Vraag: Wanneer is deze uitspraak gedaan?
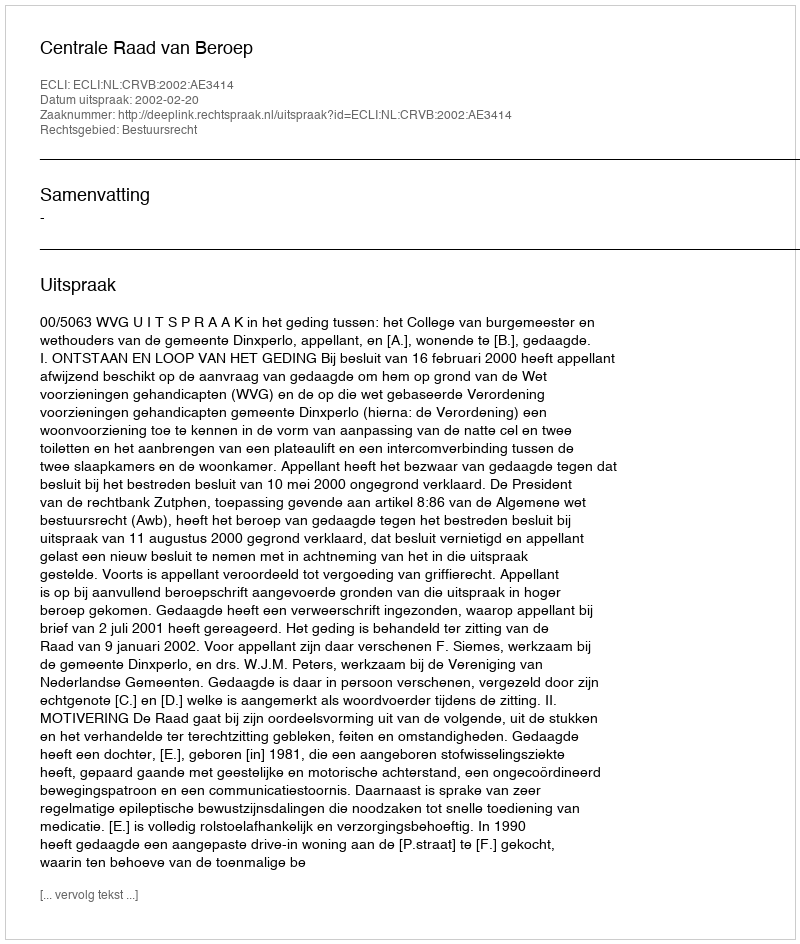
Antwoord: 2002-02-20